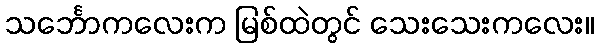
သင်္ဘောကလေးက မြစ်ထဲတွင် သေးသေးကလေး။